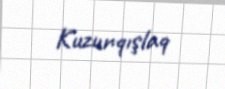
Kuzunqışlaq